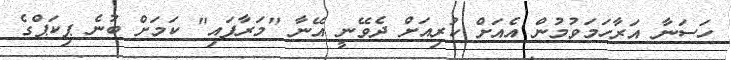
ހަސަނާ އަރާހަމަވުމުން އެއަށް ކުރިއަށް ދެވޭނީ އޭނާ "މަރާފައި" ކަމަށް ބުނެ ޕިކަޕްގެ